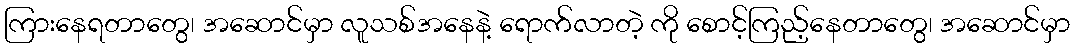
ကြားနေရတာတွေ၊ အဆောင်မှာ လူသစ်အနေနဲ့ ရောက်လာတဲ့ ကို စောင့်ကြည့်နေတာတွေ၊ အဆောင်မှာ